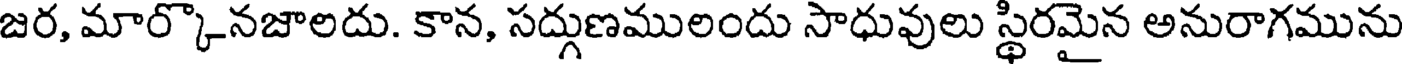
జర, మార్కొనజాలదు. కాన, సద్గుణములందు సాధువులు స్థిరమైన అనురాగమును